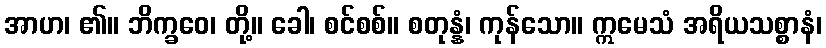
အာဟ၊ ၏။ ဘိက္ခဝေ၊ တို့။ ခေါ၊ စင်စစ်။ စတုန္နံ၊ ကုန်သော။ ဣမေသံ အရိယသစ္စာနံ၊